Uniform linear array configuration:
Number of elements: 48
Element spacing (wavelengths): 1
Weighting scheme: hann
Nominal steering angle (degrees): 60
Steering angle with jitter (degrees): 58.421
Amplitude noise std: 0.05
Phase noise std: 0.05

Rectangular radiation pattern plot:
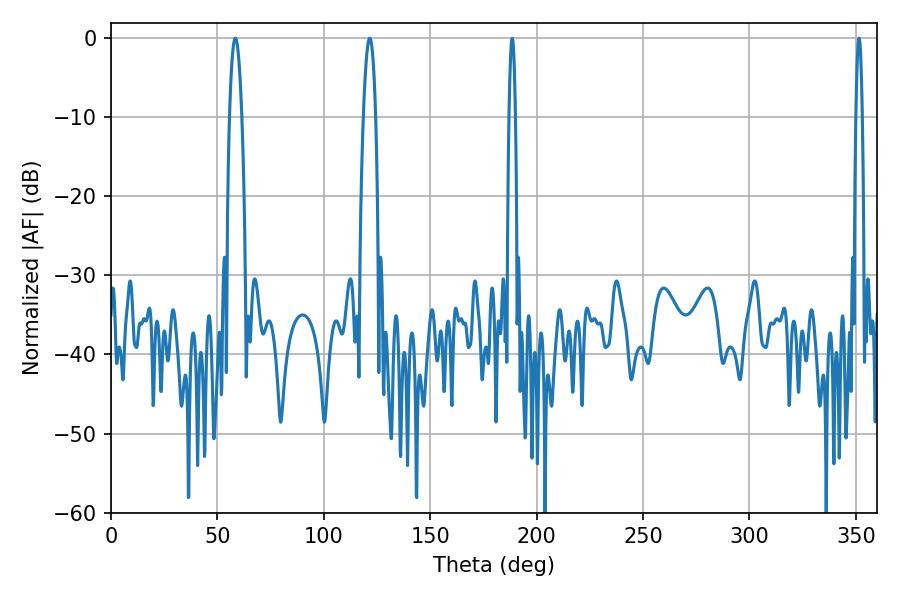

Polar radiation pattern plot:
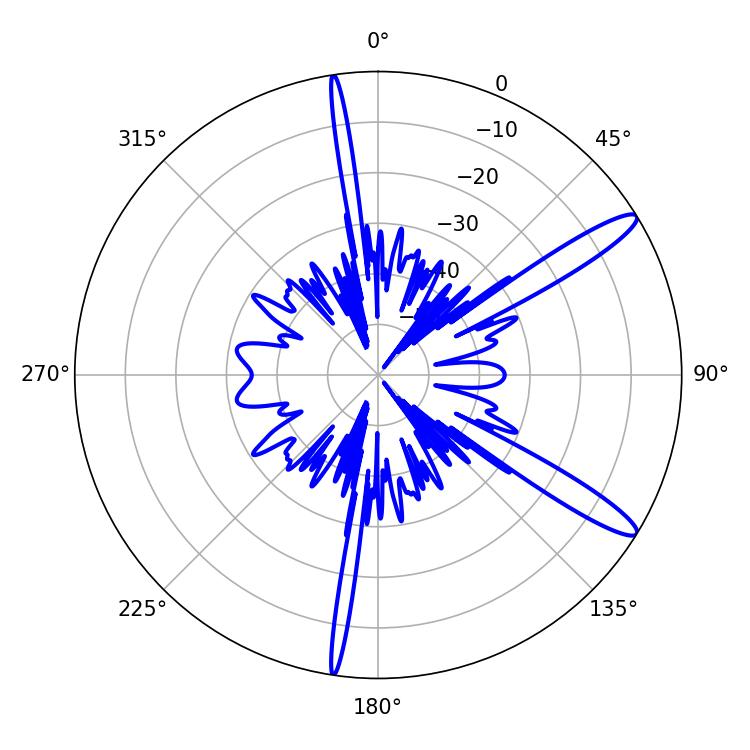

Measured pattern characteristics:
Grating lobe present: TRUE
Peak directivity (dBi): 13.291
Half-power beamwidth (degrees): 3.24
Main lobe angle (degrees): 58.5